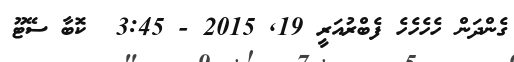
ގެންދަން ހެހެހެހެ ފެބްރުއަރީ 19